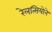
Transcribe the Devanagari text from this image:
रेलत्सियोने